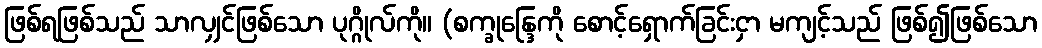
ဖြစ်ရဖြစ်သည် သာလျှင်ဖြစ်သော ပုဂ္ဂိုလ်ကို။ (စက္ခုန္ဒြေကို စောင့်ရှောက်ခြင်းငှာ မကျင့်သည် ဖြစ်၍ဖြစ်သော